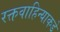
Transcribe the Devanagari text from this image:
रक्तवाहिन्याकडे